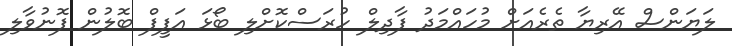
ލަޔަންސް އޭރިޔާ ތެރެއަށް މުހައްމަދު ފާދިލް ހުރަސްކޮށްލި ބޯޅަ އަފީފް ބޮލުން ފޮނުވާލި